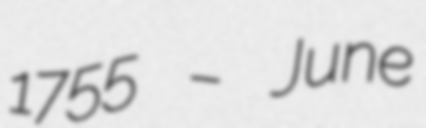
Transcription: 1755 – June